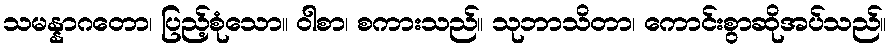
သမန္နာဂတော၊ ပြည့်စုံသော။ ဝါစာ၊ စကားသည်။ သုဘာသိတာ၊ ကောင်းစွာဆိုအပ်သည်။